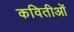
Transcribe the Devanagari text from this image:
कवितीओं